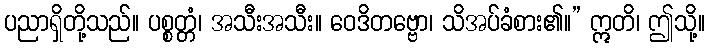
ပညာရှိတို့သည်။ ပစ္စတ္တံ၊ အသီးအသီး။ ဝေဒိတဗ္ဗော၊ သိအပ်ခံစား၏။” ဣတိ၊ ဤသို့။